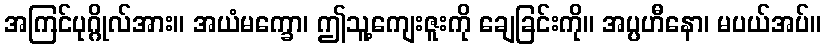
အကြင်ပုဂ္ဂိုလ်အား။ အယံမက္ခော၊ ဤသူ့ကျေးဇူးကို ချေခြင်းကို။ အပ္ပဟီနော၊ မပယ်အပ်။